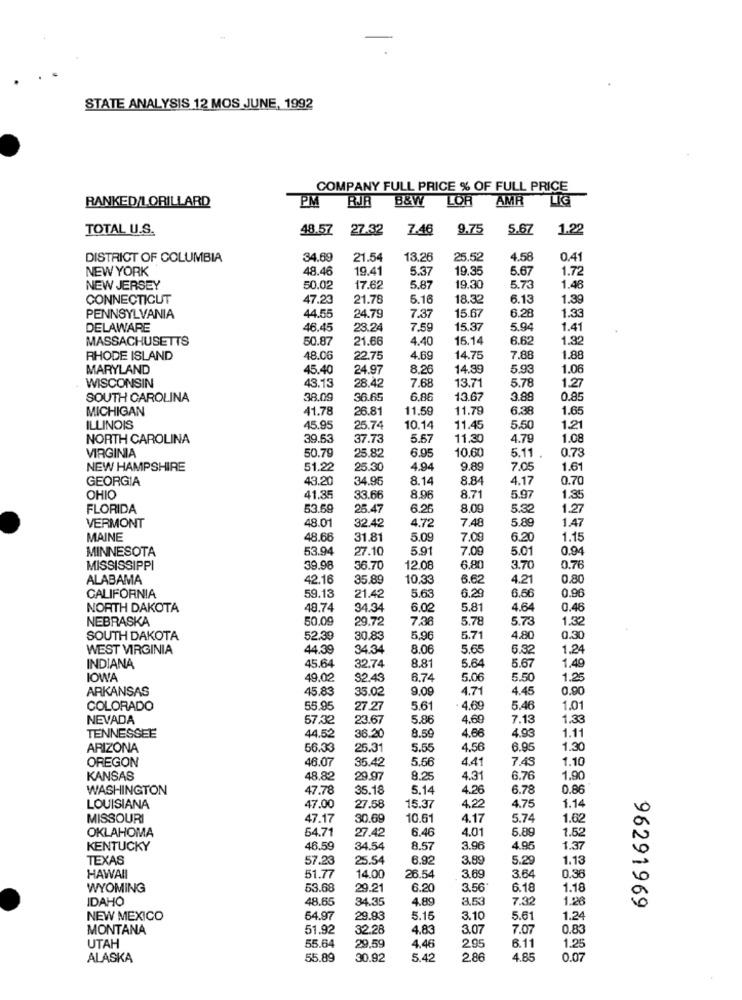
STATE ANALYSIS 12 MOS JUNE, 1992
COMPANY FULL PRICE % OF FULL PRICE
RANKED/LORILLARD
PM
B&W
LOR
AMR
TOTAL U.S.
48.57 27.32
7.46
9.75
5.67
1.22
DISTRICT OF COLUMBIA
34.69
21.54
13.26
25.52
4.58
0.41
NEW YORK
48.46
19.41
5.3
19.35
5.67
1.72
NEW JERSEY
50.02
17.62
5.87
19.30
5.73
1.46
CONNECTICUT
47.23
21.78
5.16
18.32
6.13
1.39
44.55
1.33
PENNSYLVANIA
24.79
7.37
15.67
6.28
DELAWARE
46.45
28.24
7.59
15.37
5.94
1.41
MASSACHUSETTS
50.87
21.66
4.40
15.14
6.62
1.32
RHODE ISLAND
48.06
22.75
4.6
14.75
7.88
1.88
MARYLAND
45.40
24.97
8.26
14.39
5.93
1.06
WISCONSIN
43.13
7.68
13.71
5.78
1.27
28.42
SOUTH CAROLINA
38.09
36.65
6.8
13.67
3.88
0.8
MICHIGAN
41.78
26.81
11.50
11.78
6.38
1.6
ILLINOIS
45.95
25.74
10.14
11.45
5.50
1.21
NORTH CAROLINA
39.53
37.73
5.57
11.30
4.79
1.08
VIRGINIA
50.79
25.82
6.95
10,60
0.73
5.11
NEW HAMPSHIRE
51.22
25.30
4.94
9,89
7.05
1.61
GEORGIA
43.20
34.95
8.14
8.84
4.17
0.70
OHIO
41.35
33.66
8.96
8.7
5.97
1.35
FLORIDA
53.59
25.47
6.26
8.09
5.32
1.27
VERMONT
48.01
4.72
7.48
5.89
1.47
32.42
MAINE
48.68
31.81
5.09
7.09
6.20
1.15
MINNESOTA
53.94
27.10
5.91
7.00
5.01
0.94
MISSISSIPPI
39.98
36.70
12.08
6,80
3.70
0.76
ALABAMA
42.16
35.89
10.33
6.62
4.21
0.80
6,66
0.96
CALIFORNIA
59.13
21.42
5.63
6.29
NORTH DAKOTA
48,74
34.34
6.02
5.8
4.64
0.46
NEBRASKA
50.09
29.72
7.36
5.78
5.73
1.32
SOUTH DAKOTA
52.39
30.83
5,96
5.71
4,80
0.30
WEST VIRGINIA
44.39
34.34
8.06
5.65
6.32
1.24
45.64
INDIANA
32.74
8.81
5.64
5.67
1.49
IOWA
49.02
32.43
6.74
5.06
5.50
1.25
ARKANSAS
45.83
35.02
9.0
4.71
4.45
0.90
COLORADO
55.95
27.27
5.6
4.69
5.46
1.01
NEVADA
57.32
23.67
5.86
4.69
7.13
1.33
TENNESSEE
4.66
4.93
1.11
44.52
36.20
8.50
ARIZONA
56.33
25.31
5.55
4.56
6.95
1.30
OREGON
46.07
35.42
5.56
4.41
7,45
1.10
KANSAS
48.82
29.97
8.25
4.31
6.76
1.90
WASHINGTON
47.78
35.18
5.14
4.26
6.78
0.86
LOUISIANA
47.00
27.58
15.37
4.22
4.75
1.14
MISSOURI
47.17
30.69
10.61
4.17
5.74
1.62
54.71
6.46
4.01
5.89
1.52
OKLAHOMA
27.42
KENTUCKY
46.59
34.54
8.57
3.96
4.95
1.37
TEXAS
57.23
25.54
6.92
3.89
5.29
1.13
HAWAII
51.77
14.00
26.54
3.69
3.64
0.36
WYOMING
53.68
29.21
6.20
3.56
6.18
1.18
IDAHO
48.65
34.35
4.89
3.5
7.32
1.26
96291969
NEW MEXICO
64.97
29.93
5.15
3.10
5.61
1.24
MONTANA
51.92
32.26
4.8€
3.07
7.07
0.83
UTAH
4.46
6.11
55.64
29,59
2.95
1.25
ALASKA
55.89
30.92
5.42
2.86
4.85
0.07